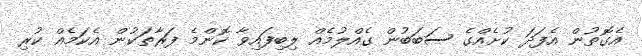
އެގޮތުން އެފަދަ ކުށެއްގެ ސަބަބުން ގެއްލުމެއް ލިބިފައިވާ ކޮންމެ ފަރާތަކުން އެކަމެއް ކުރި